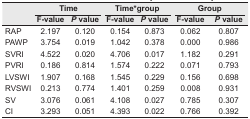
<table><thead><tr><td></td><td colspan="2"><b>Time</b></td><td colspan="2"><b>Time*group</b></td><td colspan="2"><b>Group</b></td></tr><tr><td></td><td><b>F-value</b></td><td><b><i>P</i> value</b></td><td><b>F-value</b></td><td><b><i>P</i> value</b></td><td><b>F-value</b></td><td><b><i>P</i> value</b></td></tr></thead><tbody><tr><td>RAP</td><td>2.197</td><td>0.120</td><td>0.154</td><td>0.873</td><td>0.062</td><td>0.807</td></tr><tr><td>PAWP</td><td>3.754</td><td>0.019</td><td>1.042</td><td>0.378</td><td>0.000</td><td>0.986</td></tr><tr><td>SVRI</td><td>4.522</td><td>0.020</td><td>4.706</td><td>0.017</td><td>1.182</td><td>0.291</td></tr><tr><td>PVRI</td><td>0.186</td><td>0.814</td><td>1.574</td><td>0.222</td><td>0.071</td><td>0.793</td></tr><tr><td>LVSWI</td><td>1.907</td><td>0.168</td><td>1.545</td><td>0.229</td><td>0.156</td><td>0.698</td></tr><tr><td>RVSWI</td><td>0.213</td><td>0.774</td><td>1.401</td><td>0.259</td><td>0.008</td><td>0.931</td></tr><tr><td>SV</td><td>3.076</td><td>0.061</td><td>4.108</td><td>0.027</td><td>0.785</td><td>0.307</td></tr><tr><td>CI</td><td>3.293</td><td>0.051</td><td>4.393</td><td>0.022</td><td>0.766</td><td>0.392</td></tr></tbody></table>